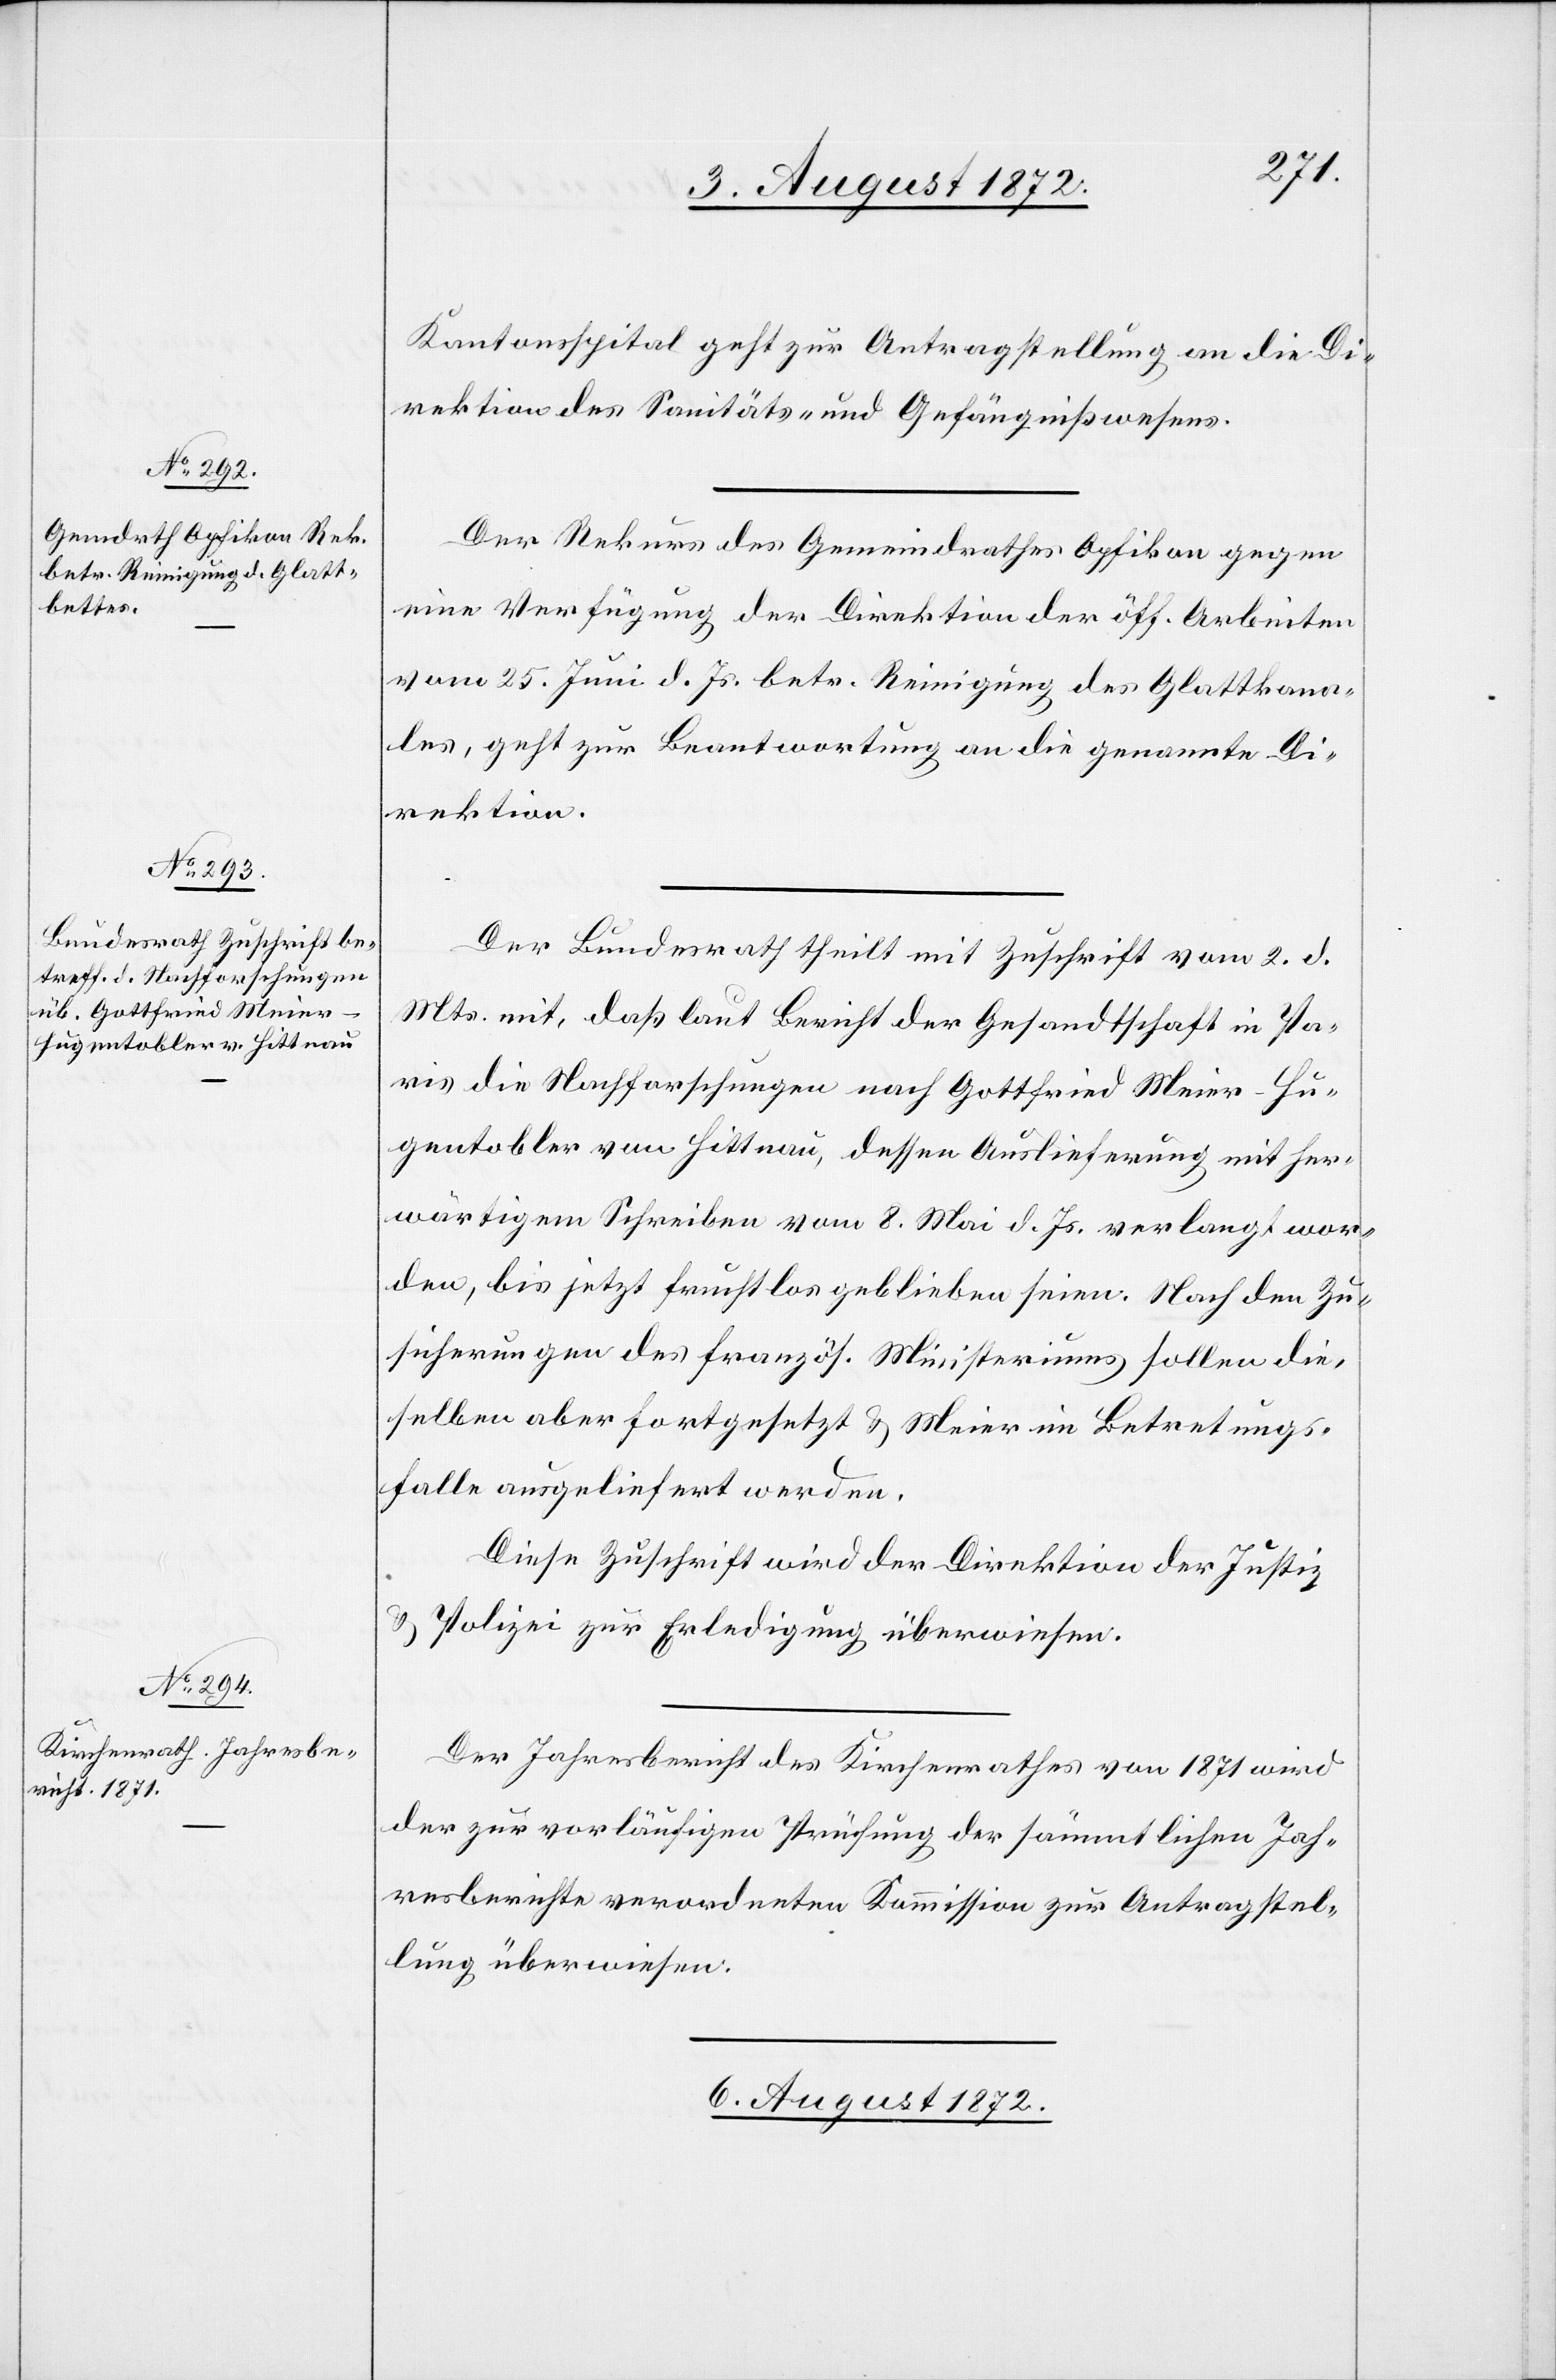
Kantonsspital geht zur Antragstellung an die Di¬
rektion des Sanitäts- u. Gefängnißwesens.
Der Rekurs des Gemeindrathes Opfikon gegen
eine Verfügung der Direktion der öff. Arbeiten
vom 25. Juni d. Js. betr. Reinigung des Glattkana¬
les, geht zur Beantwortung an die genannte Di¬
rektion.
Der Bundesrath theilt mit Zuschrift vom 2. d.
Mts. mit, daß laut Bericht der Gesandtschaft in Pa¬
ris die Nachforschungen nach Gottfried Meier-Hu¬
gentobler von Hittnau, dessen Auslieferung mit her¬
wärtigem Schreiben vom 8. Mai d. Js. verlangt wor¬
den, bis jetzt fruchtlos geblieben seien. Nach den Zu¬
sicherungen des französ. Ministeriums sollen die¬
selben aber fortgesetzt u. Meier im Betretungs¬
falle ausgeliefert werden.
Diese Zuschrift wird der Direktion der Justiz
u. Polizei zur Erledigung überwiesen.
Der Jahresbericht des Kirchenrathes von 1871 wird
der zur vorläufigen Prüfung der sämmtlichen Jah¬
resberichte verordneten Kommission zur Antragstel¬
lung überwiesen.
5. August 1872.]